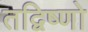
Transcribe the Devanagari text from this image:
तद्विष्णो